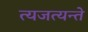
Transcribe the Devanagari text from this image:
त्यजत्यन्ते